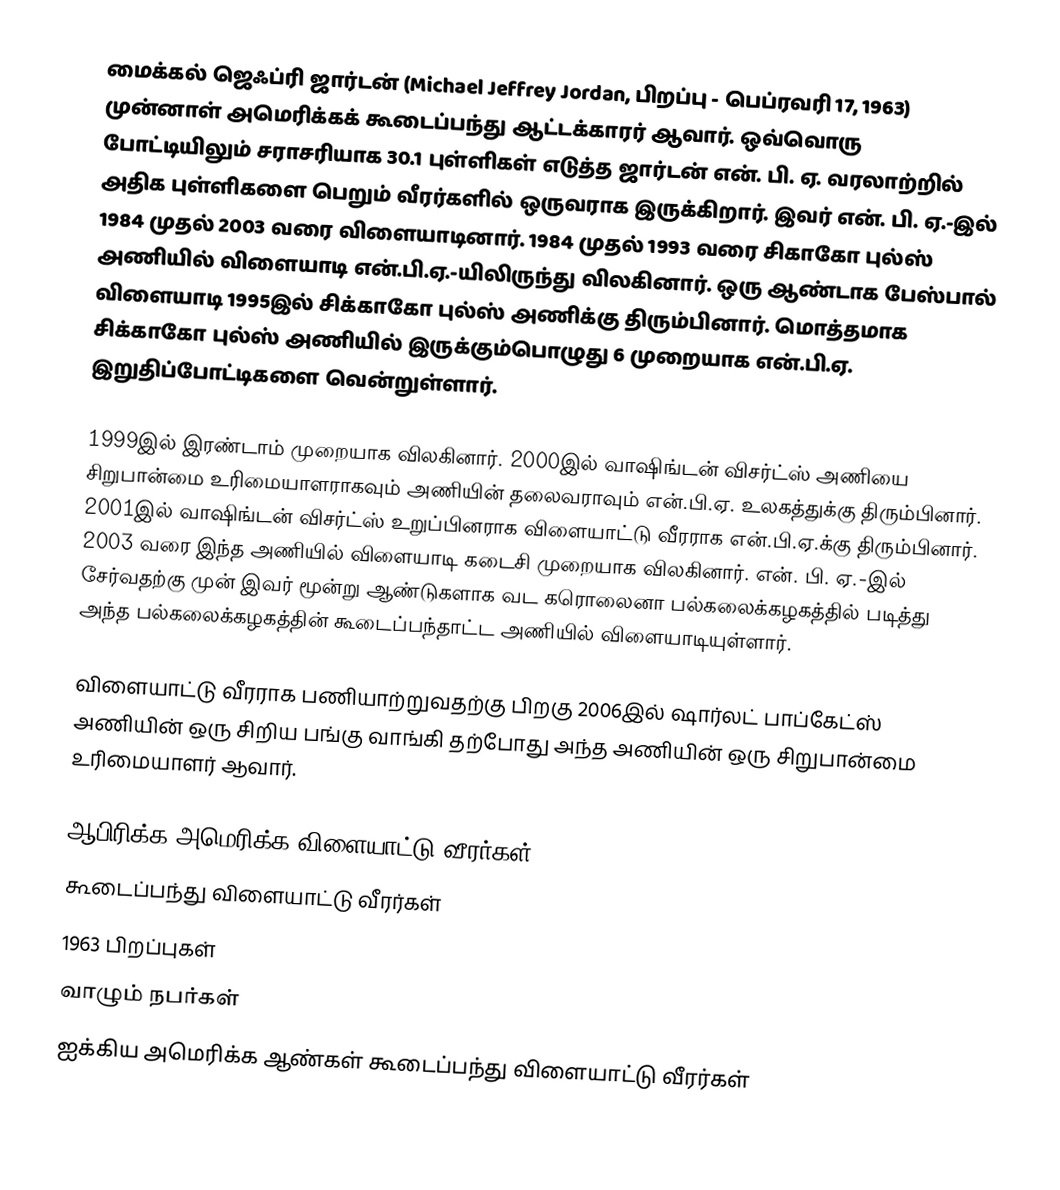
மைக்கல் ஜெஃப்ரி ஜார்டன் (Michael Jeffrey Jordan, பிறப்பு - பெப்ரவரி 17, 1963) முன்னாள் அமெரிக்கக் கூடைப்பந்து ஆட்டக்காரர் ஆவார். ஒவ்வொரு போட்டியிலும் சராசரியாக 30.1 புள்ளிகள் எடுத்த ஜார்டன் என். பி. ஏ. வரலாற்றில் அதிக புள்ளிகளை பெறும் வீரர்களில் ஒருவராக இருக்கிறார். இவர் என். பி. ஏ.-இல் 1984 முதல் 2003 வரை விளையாடினார். 1984 முதல் 1993 வரை சிகாகோ புல்ஸ் அணியில் விளையாடி என்.பி.ஏ.-யிலிருந்து விலகினார். ஒரு ஆண்டாக பேஸ்பால் விளையாடி 1995இல் சிக்காகோ புல்ஸ் அணிக்கு திரும்பினார். மொத்தமாக சிக்காகோ புல்ஸ் அணியில் இருக்கும்பொழுது 6 முறையாக என்.பி.ஏ. இறுதிப்போட்டிகளை வென்றுள்ளார்.

1999இல் இரண்டாம் முறையாக விலகினார். 2000இல் வாஷிங்டன் விசர்ட்ஸ் அணியை சிறுபான்மை உரிமையாளராகவும் அணியின் தலைவராவும் என்.பி.ஏ. உலகத்துக்கு திரும்பினார். 2001இல் வாஷிங்டன் விசர்ட்ஸ் உறுப்பினராக விளையாட்டு வீரராக என்.பி.ஏ.க்கு திரும்பினார். 2003 வரை இந்த அணியில் விளையாடி கடைசி முறையாக விலகினார். என். பி. ஏ.-இல் சேர்வதற்கு முன் இவர் மூன்று ஆண்டுகளாக வட கரொலைனா பல்கலைக்கழகத்தில் படித்து அந்த பல்கலைக்கழகத்தின் கூடைப்பந்தாட்ட அணியில் விளையாடியுள்ளார்.

விளையாட்டு வீரராக பணியாற்றுவதற்கு பிறகு 2006இல் ஷார்லட் பாப்கேட்ஸ் அணியின் ஒரு சிறிய பங்கு வாங்கி தற்போது அந்த அணியின் ஒரு சிறுபான்மை உரிமையாளர் ஆவார்.

ஆபிரிக்க அமெரிக்க விளையாட்டு வீரர்கள்
கூடைப்பந்து விளையாட்டு வீரர்கள்
1963 பிறப்புகள்
வாழும் நபர்கள்
ஐக்கிய அமெரிக்க ஆண்கள் கூடைப்பந்து விளையாட்டு வீரர்கள்